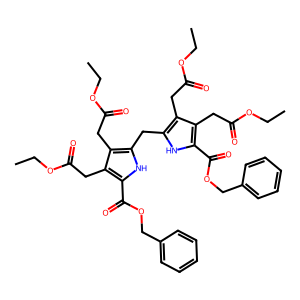
SMILES: CCOC(=O)Cc1c(Cc2[nH]c(C(=O)OCc3ccccc3)c(CC(=O)OCC)c2CC(=O)OCC)[nH]c(C(=O)OCc2ccccc2)c1CC(=O)OCC
Inhibits HIV replication: No